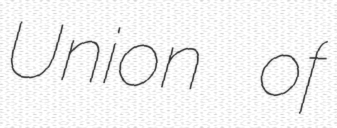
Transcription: Union of